Document type: Sale
Year: 1461
Scribe: [Unknown]
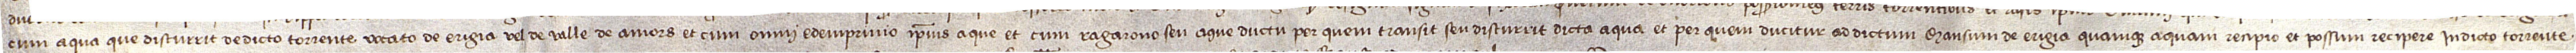
cum aqua que discurrit de dicto torrente vocato de Erigia vel de valle de Amors, et cum omni edemprivio ipsius aque, et cum ragarono se aque ductu per quem transit seu discurrit dicta aqua et per quem ducitur ad dictum mansum de Erigia, quamque aquam recipio et possum recipere in dicto torrente